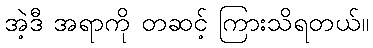
အဲ့ဒီ အရာကို တဆင့် ကြားသိရတယ်။